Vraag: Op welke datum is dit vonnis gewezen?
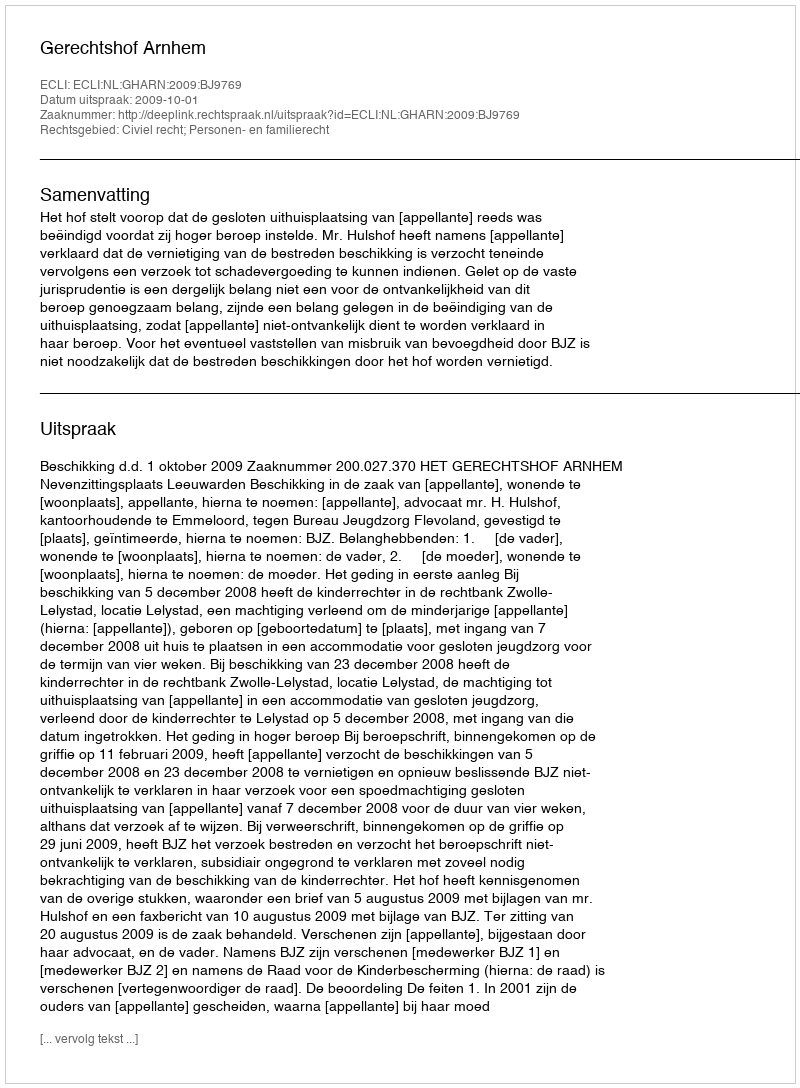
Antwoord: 2009-10-01